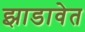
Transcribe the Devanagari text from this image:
झाडावेत